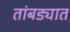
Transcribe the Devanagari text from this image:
तांबड्यात